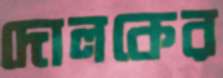
দোলকের